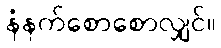
နံနက်စောစောလျှင်။